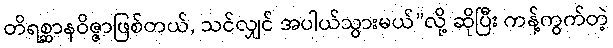
တိရစ္ဆာနဝိဇ္ဇာဖြစ်တယ်, သင်လျှင် အပါယ်သွားမယ်”လို့ ဆိုပြီး ကန့်ကွက်တဲ့